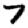
Digit: 7